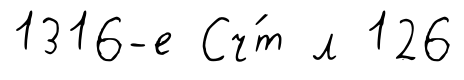
1316-е Сч́т л 126